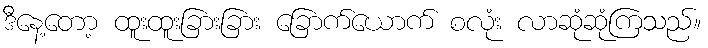
ဒီနေ့တော့ ထူးထူးခြားခြား ခြောက်ယောက် စလုံး လာဆုံဆုံကြသည်။